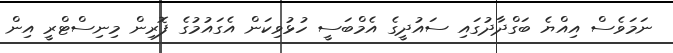
ނަމަވެސް އިއްޔެ ބަގްދާދުގައި ސައުދީގެ އެމްބަސީ ހުޅުވިކަން އެގައުމުގެ ފޮރިން މިނިސްޓްރީ އިން